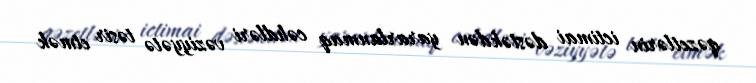
qəzetlərin ictimai dəstəkdən yararlanmaq cəhdləri vəziyyətə təsir etmək